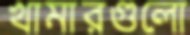
খামারগুলো